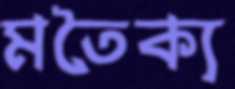
মতৈক্য